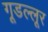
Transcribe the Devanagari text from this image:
गूडल्लूर